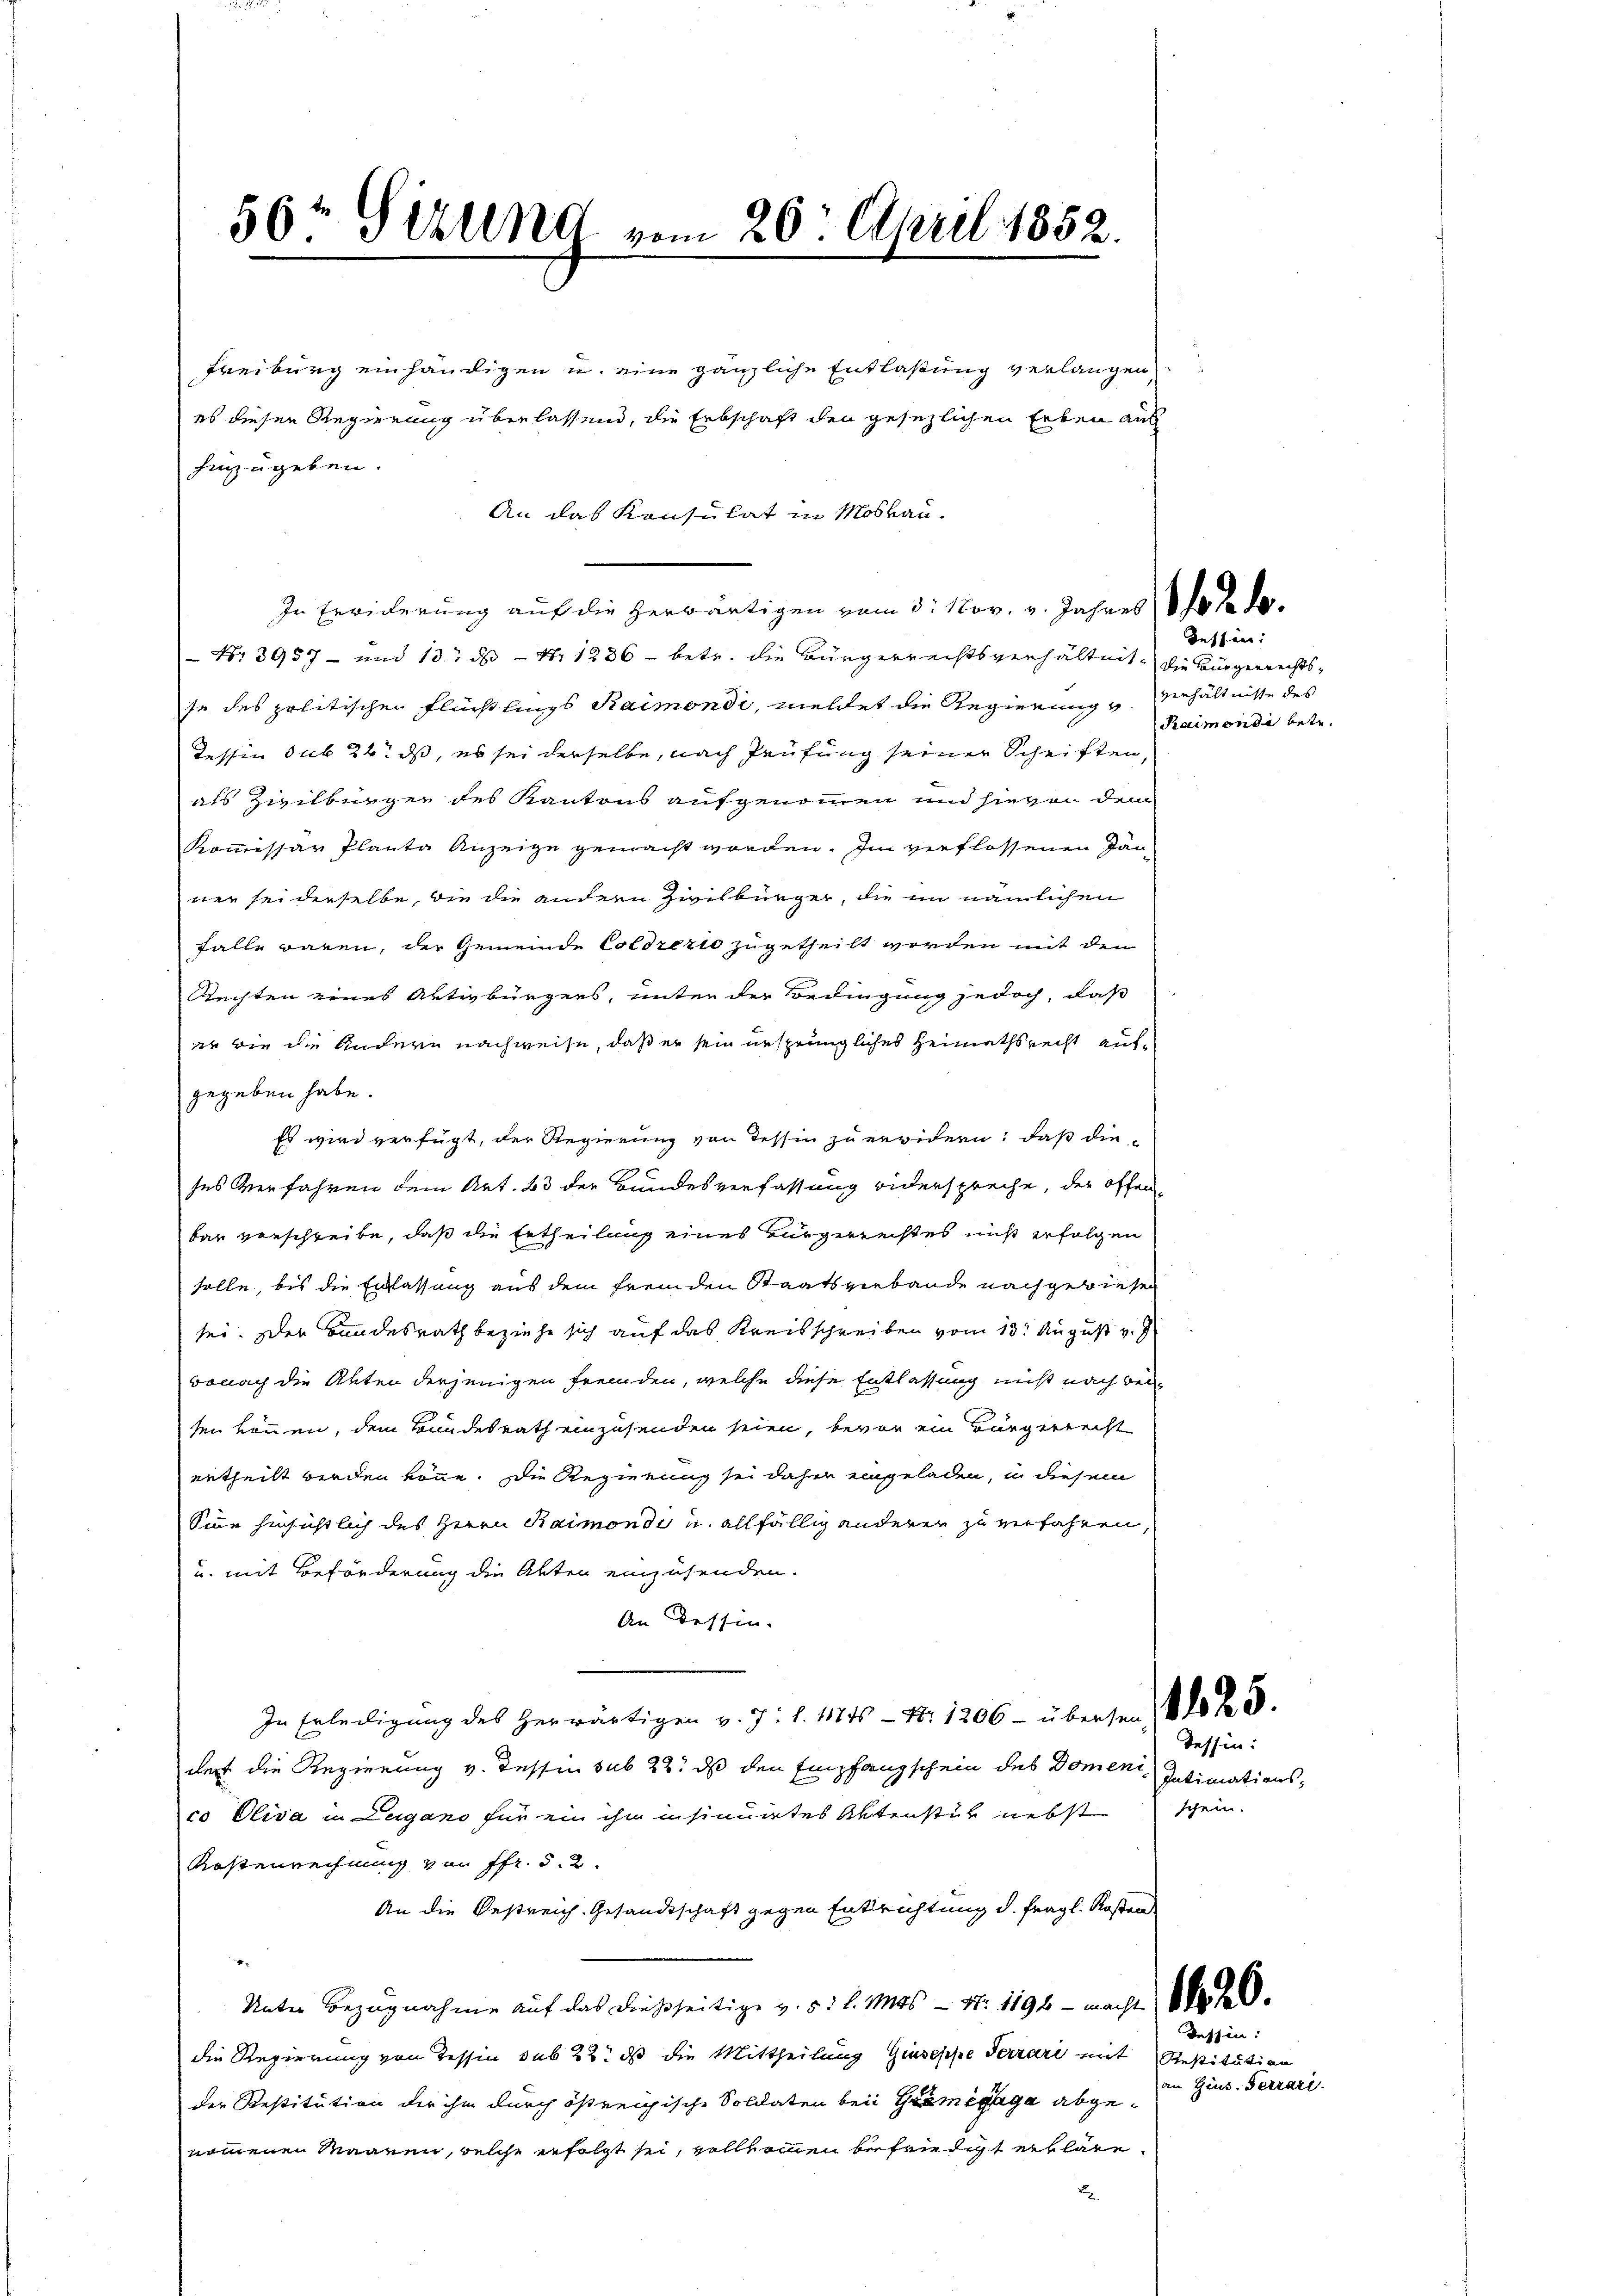
56t Sizung vom 20. April 1852.

Freiburg einhändigen u. eine gänzliche Entlaßung verlangen
es diesen Regierung überlassend, die Erbschaft den gesezlichen Erben auf
hinzugeben.
An das Konsulat in Moskau
In Erwiderung auf die herwärtigen vom 3. Nov. v. Jahres 10 % de¬
Nr. 3957 - und 13. ds Nr. 1236 - betr. die Bürgerrechtsverhältnis, die Bürgerrechtsse des politischen Flüchtlings Raimondi, meldet die Regierung u. Verhältnisse des
Tessin sub 24. ds, es sei derselbe, nach Prüfung seiner Schriften,
als Zivilbürger des Kantons aufgenommen und hievon dem
Kommissar Plante Anzeige gemacht worden. Im verflossenen Jän-
ner sei derselbe, die die andern Zivilbürger, die im nämlichen
falle waren, der Gemeinde Coldrerio zugetheilt werden mit den
Rechten eines Aktivbürgers, unter der Bedingung jedoch, daß
ee wie die andern nachweise, daß er sein ursprüngliches Heimathsrecht aufgegeben habe.
Es wird verfügt, der Regierung von Tessin zu erwidern; daß die-
ses Verfahren dem Art. 43 der Bundesverfassung widerspreche, der offen
bar verschreibe, daß die Ertheilung eines Bürgerrechtes nicht erfolgen
solle, bis die Erblassung aus dem fremden Staatsverbande nachgewiesen
sei. Der Bundesrath beziehe sich auf das Kreisschreiben vom 13t August v. J
benach die Akten derjenigen fremden, welche diese Entlassung nicht nach bei
ten können, dem Bundesrath einzusenden seien, bevor ein Bürgerrecht
ertheilt werden könne. Die Regierung sei daher eingeladen, u. diesem
Sinne hinsichtlich des Herrn Raimoni u. allfällig anderen zu verfahren,
u. mit Beförderung die Akten einzusenden.
An dessen.
In Erledigŭng des herwärtigen v. J. l. 11845 - Nr 1206 - übersten 400 f 3
dest die Regierung v. Tessin sub 22. ds den Empfangschein des Domenico Elisa in Lugano für ein ihm insinuirtes Aktenstük nebst schein.
Kostenrechnung von Pfr. d. d.
An die Oestreich. Gesandtschaft gegen Entrichtung d. fragl. Kosten

Unter Bezugnahme auf das dießseitige v. 5. d. Mts. — N. 1196 - macht 180 f.
die Regierung von Tessin sub 22. ds die Mittheilung Giuseppe Terrari mit Bestitution
der Restitution der ihm durch östreichische Soldaten bei Gramegage abgenomenen Maanen, welche erfolgt sei, vollkommen befriedigt erkläre.
E

Tessin:
Raimondi betr.

Tessin:
Intimations-

Tessin:
an Gius. Ferrari